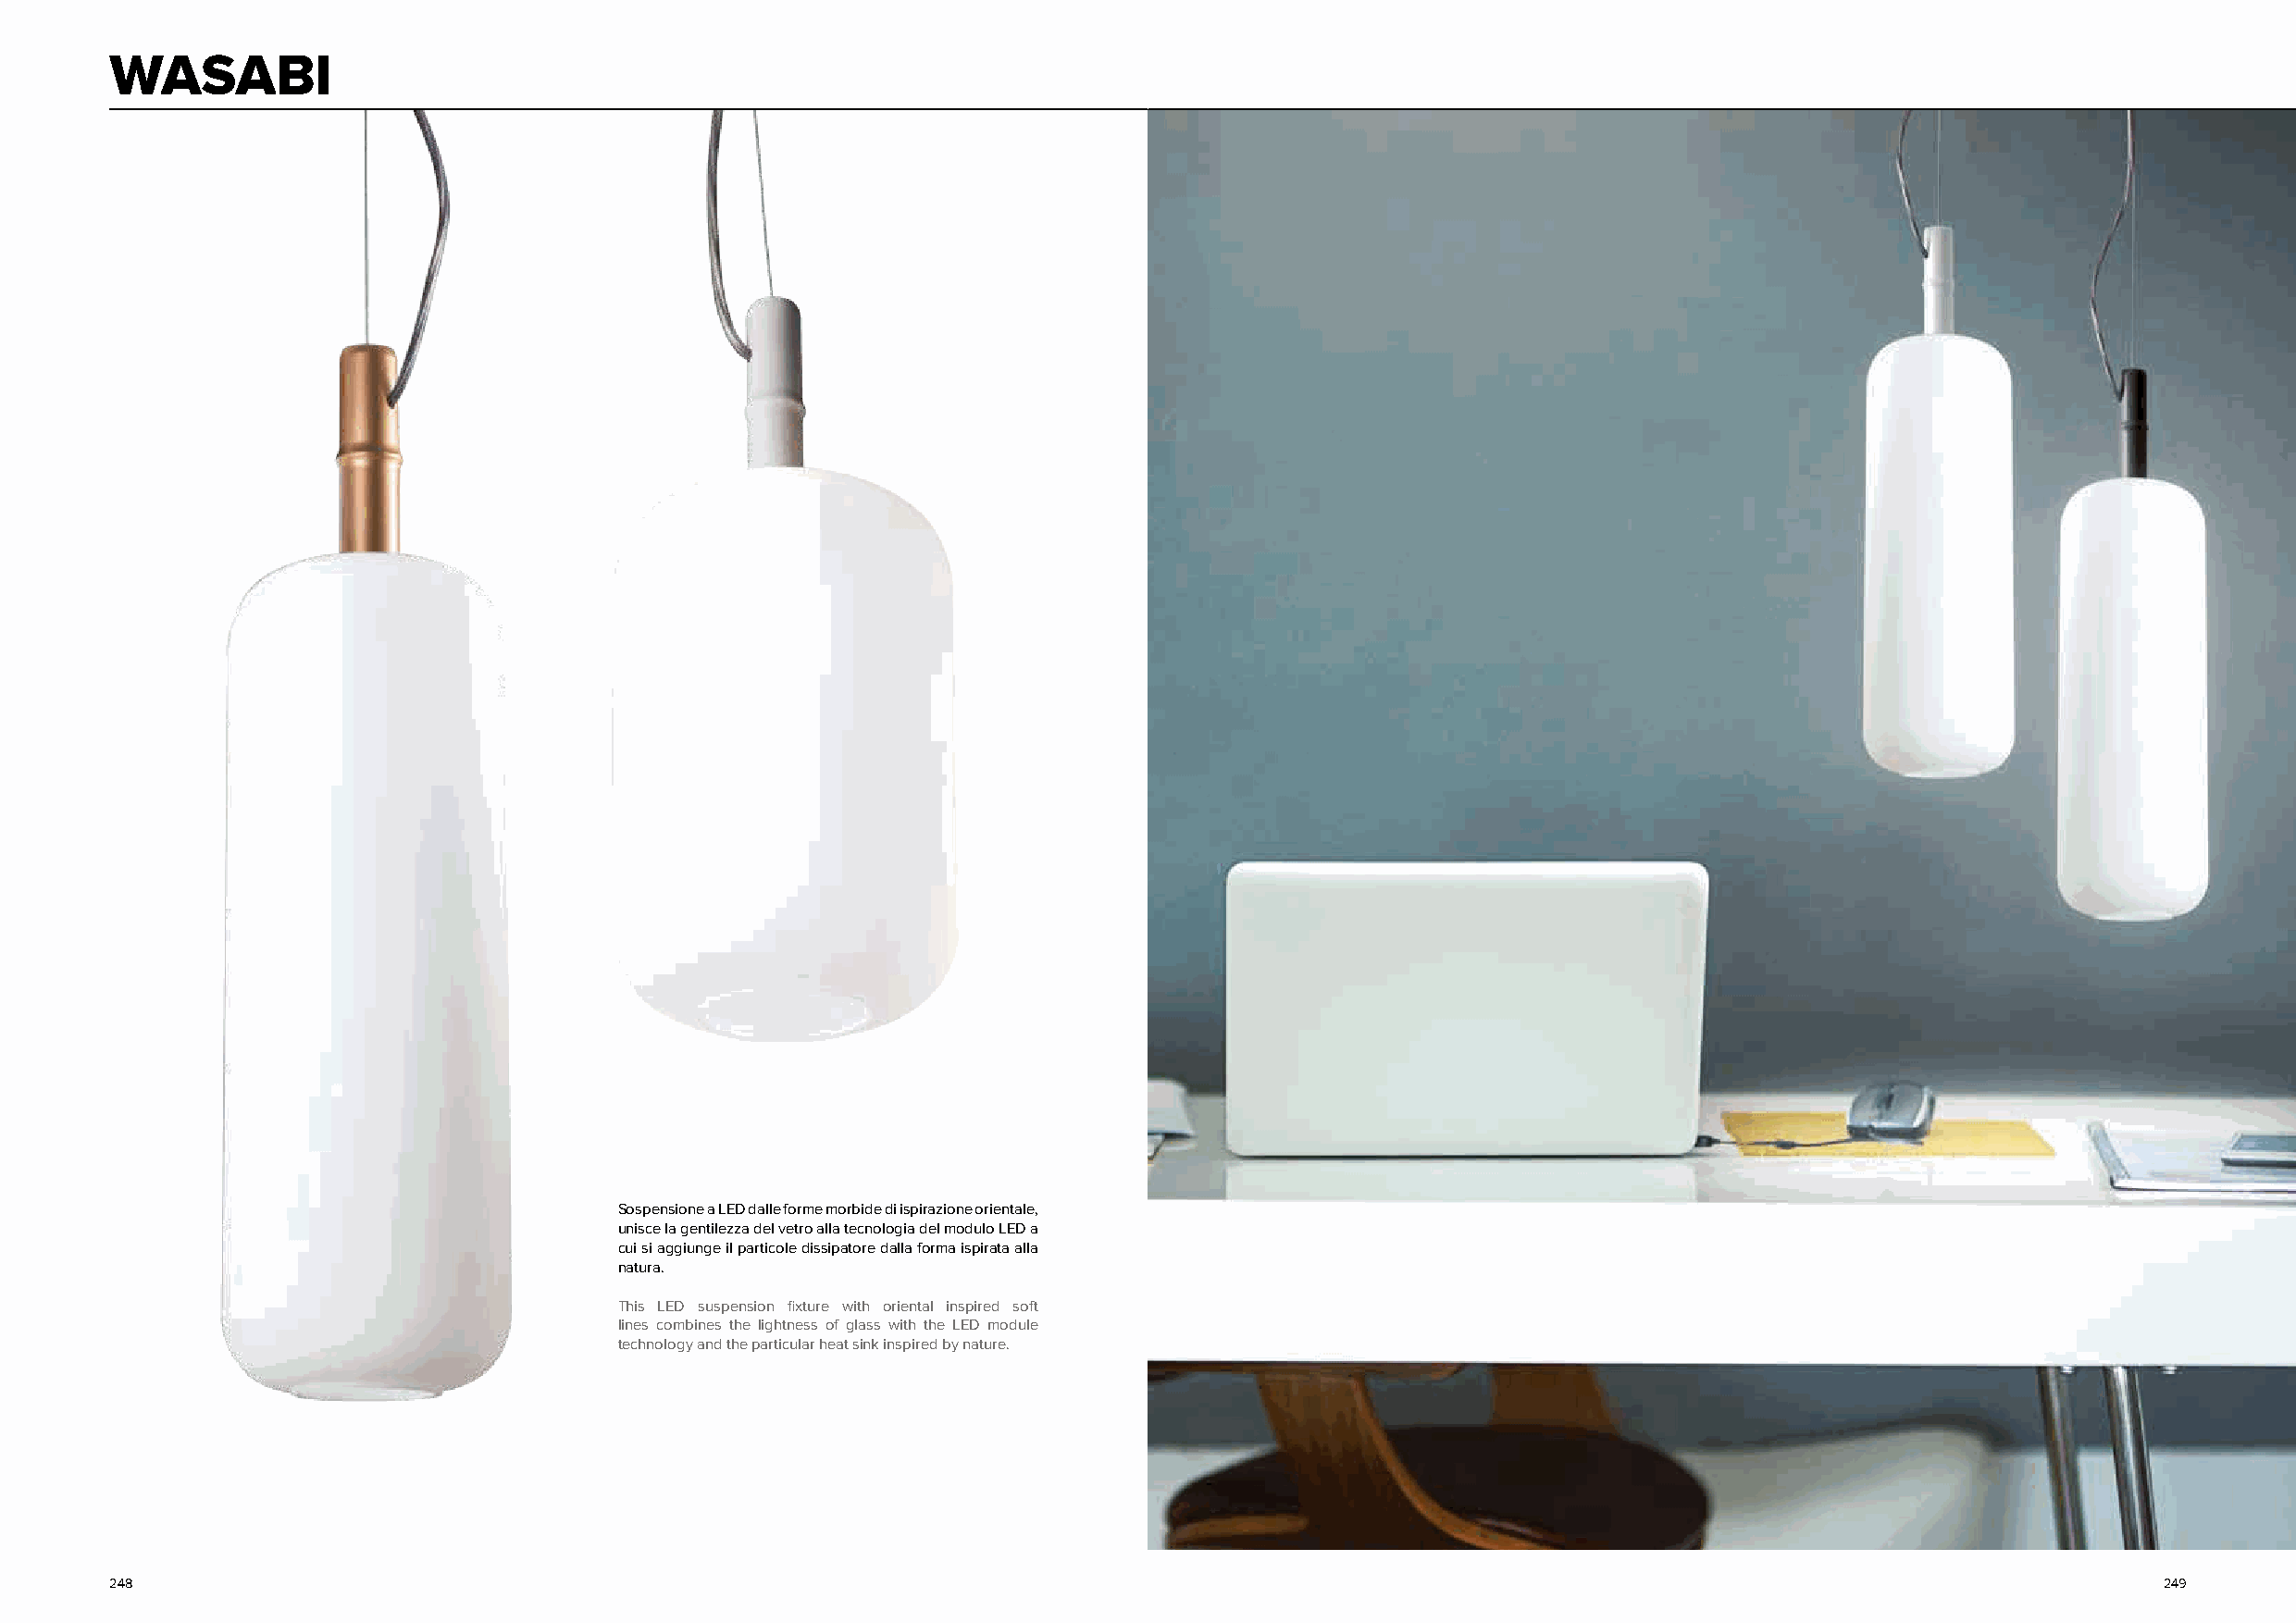
WASABI
 Sospensione a LED dalle forme morbide di ispirazione orientale,
 unisce la gentilezza del vetro alla tecnologia del modulo LED a
 cui si aggiunge il particole dissipatore dalla forma ispirata alla
 natura.
 This LED suspension fixture with oriental inspired soft
 lines combines the lightness of glass with the LED module
 technology and the particular heat sink inspired by nature.
 248                                                                                                                                                249